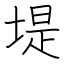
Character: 堤